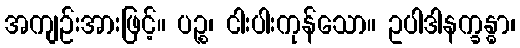
အကျဉ်းအားဖြင့်။ ပဉ္စ၊ ငါးပါးကုန်သော။ ဥပါဒါနက္ခန္ဓာ၊